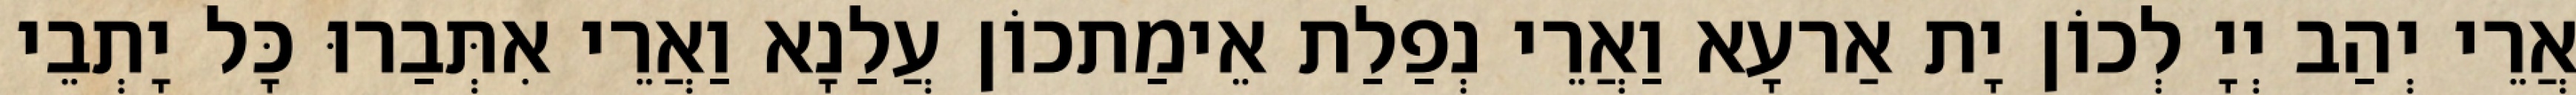
אֲרֵי יְהַב יְיָ לְכוֹן יָת אַרעָא וַאֲרֵי נְפַלַת אֵימַתכוֹן עֲלַנָא וַאֲרֵי אִתְּבַרוּ כָּל יָתְבֵי